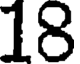
18